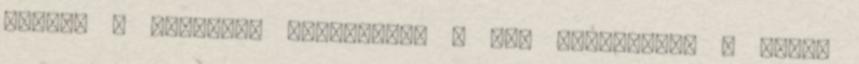
igazán a meghajtó működését, - Kis fogyasztás - mozgó